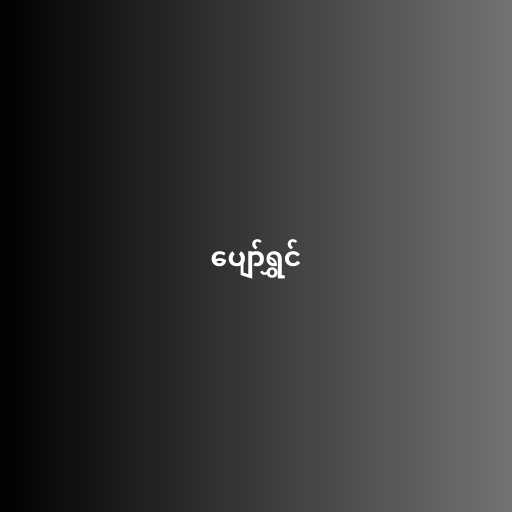
ပျော်ရွှင်